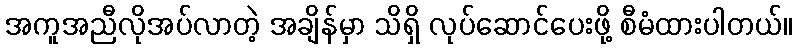
အကူအညီလိုအပ်လာတဲ့ အချိန်မှာ သိရှိ လုပ်ဆောင်ပေးဖို့ စီမံထားပါတယ်။